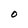
Character: O